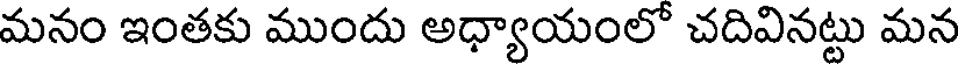
మనం ఇంతకు ముందు అధ్యాయంలో చదివినట్టు మన